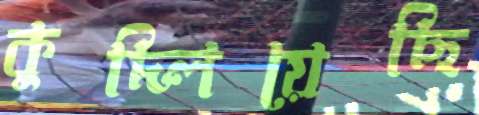
কুদ্‌লিয়েছি